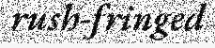
rush-fringed